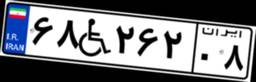
۶۶W۶۱۵۶۸